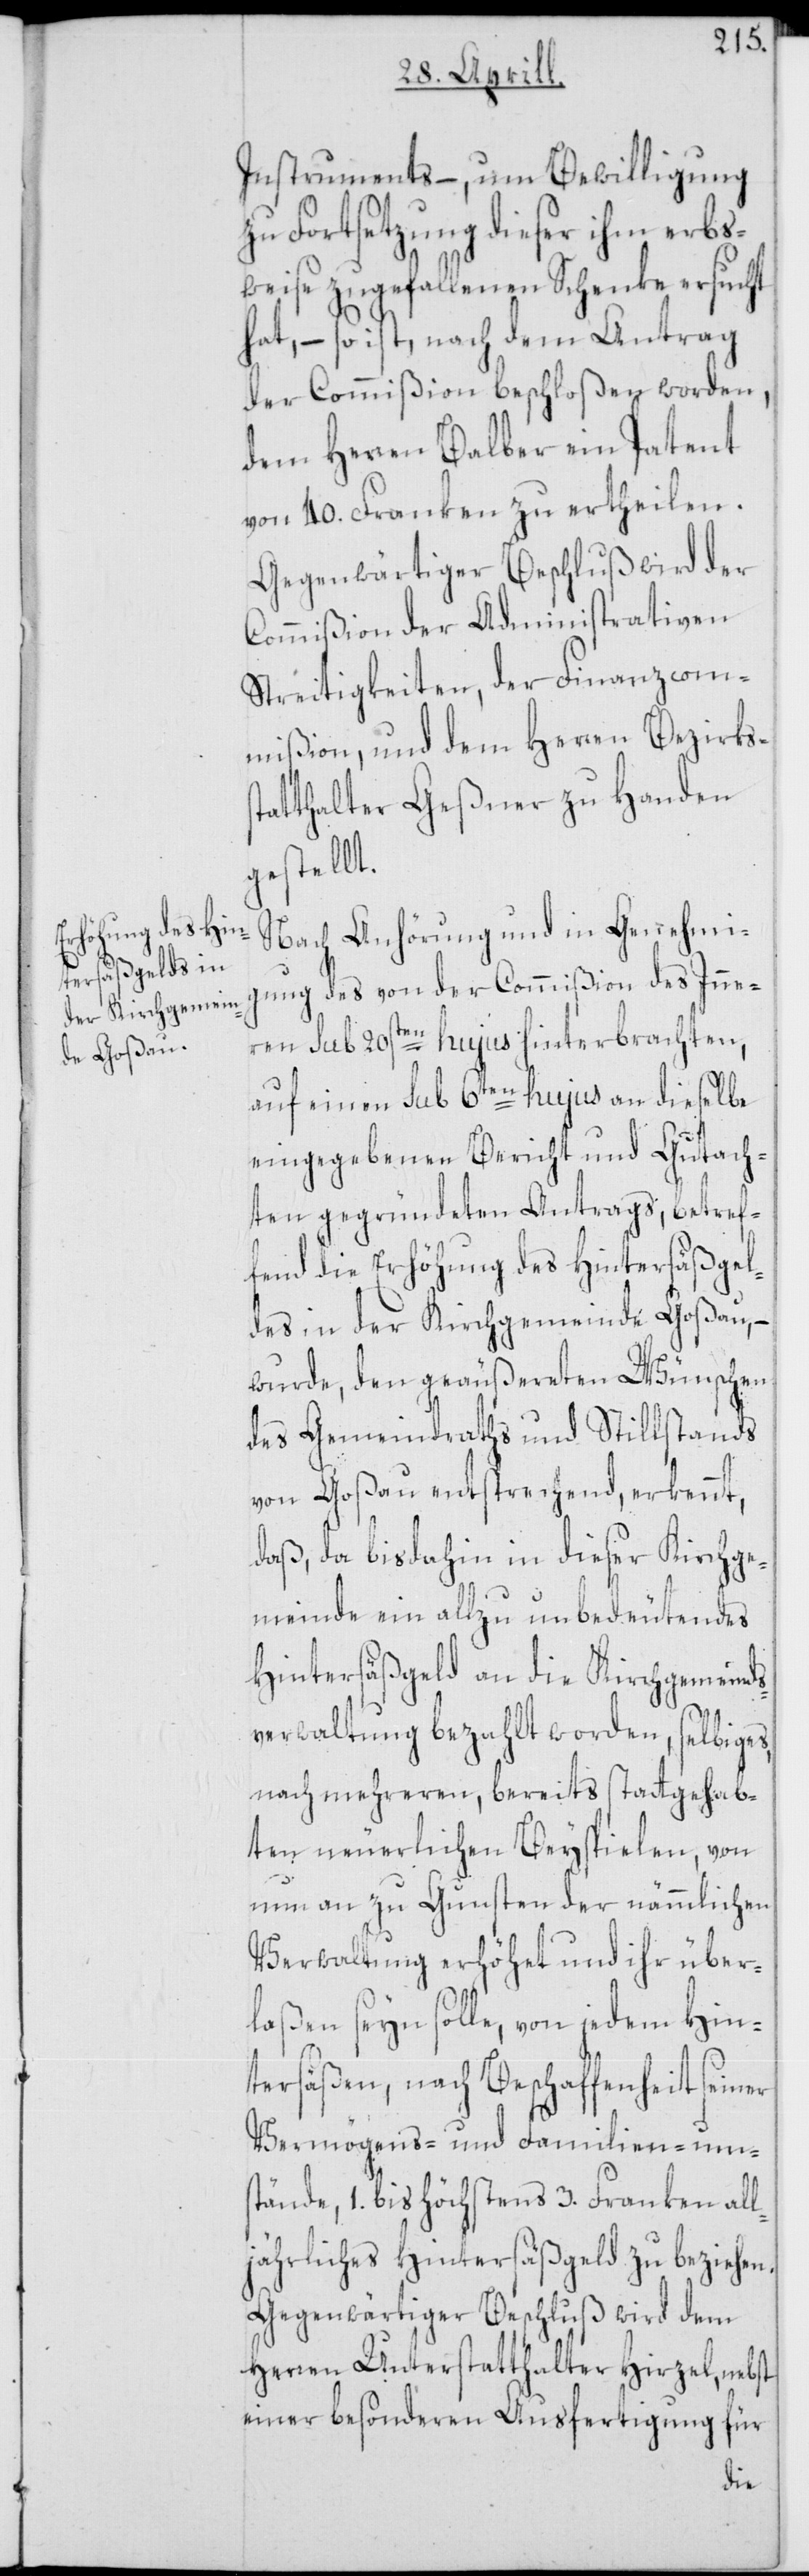
Instruments –, um Bewilligung
zu Fortsetzung dieser ihm erbs¬
weise zugefallenen Schenke ersucht
hat, – so ist, nach dem Antrag
der Commißion beschloßen worden,
dem Herren Balber ein Patent
von 40. Franken zu ertheilen.
Gegenwärtiger Beschluß wird der
Commißion der Administrativen
Streitigkeiten, der Finanzcom¬
mißion, und dem Herren Bezirks¬
statthalter Geßner zu Handen
gestellt.
Nach Anhörung und in Genehmi¬
gung des von der Commißion des Inne¬
ren sub 20sten hujus hinterbrachten,
auf einen sub 6ten hujus an dieselbe
eingegebenen Bericht und Gutach¬
ten gegründeten Antrags, betref¬
fend die Erhöhung des Hintersäßgel¬
des in der Kirchgemeinde Goßau, –
wurde, den geäußereten Wünschen
des Gemeindraths und Stillstands
von Goßau entsprechend, erkennt,
daß, da bis dahin in dieser Kirchge¬
meinde ein allzu unbedeutendes
Hintersäßgeld an die Kirchgemeinds¬
verwaltung bezahlt worden, selbiges,
nach mehreren, bereits stattgehab¬
ten neuerlichen Beyspielen, von
nun an zu Gunsten der nämmlichen
Verwaltung erhöhet und ihr über¬
laßen seyn solle, von jedem Hin¬
tersäßen, nach Beschaffenheit seiner
Vermögens- und Familien-ums¬
tände, 1. bis höchstens 3. Franken all¬
jährliches Hintersäßgeld zu beziehen.
Gegenwärtiger Beschluß wird dem
Herren Unterstatthalter Hirzel, nebst
einer besonderen Ausfertigung für